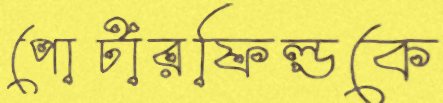
পোর্টারফিল্ডকে